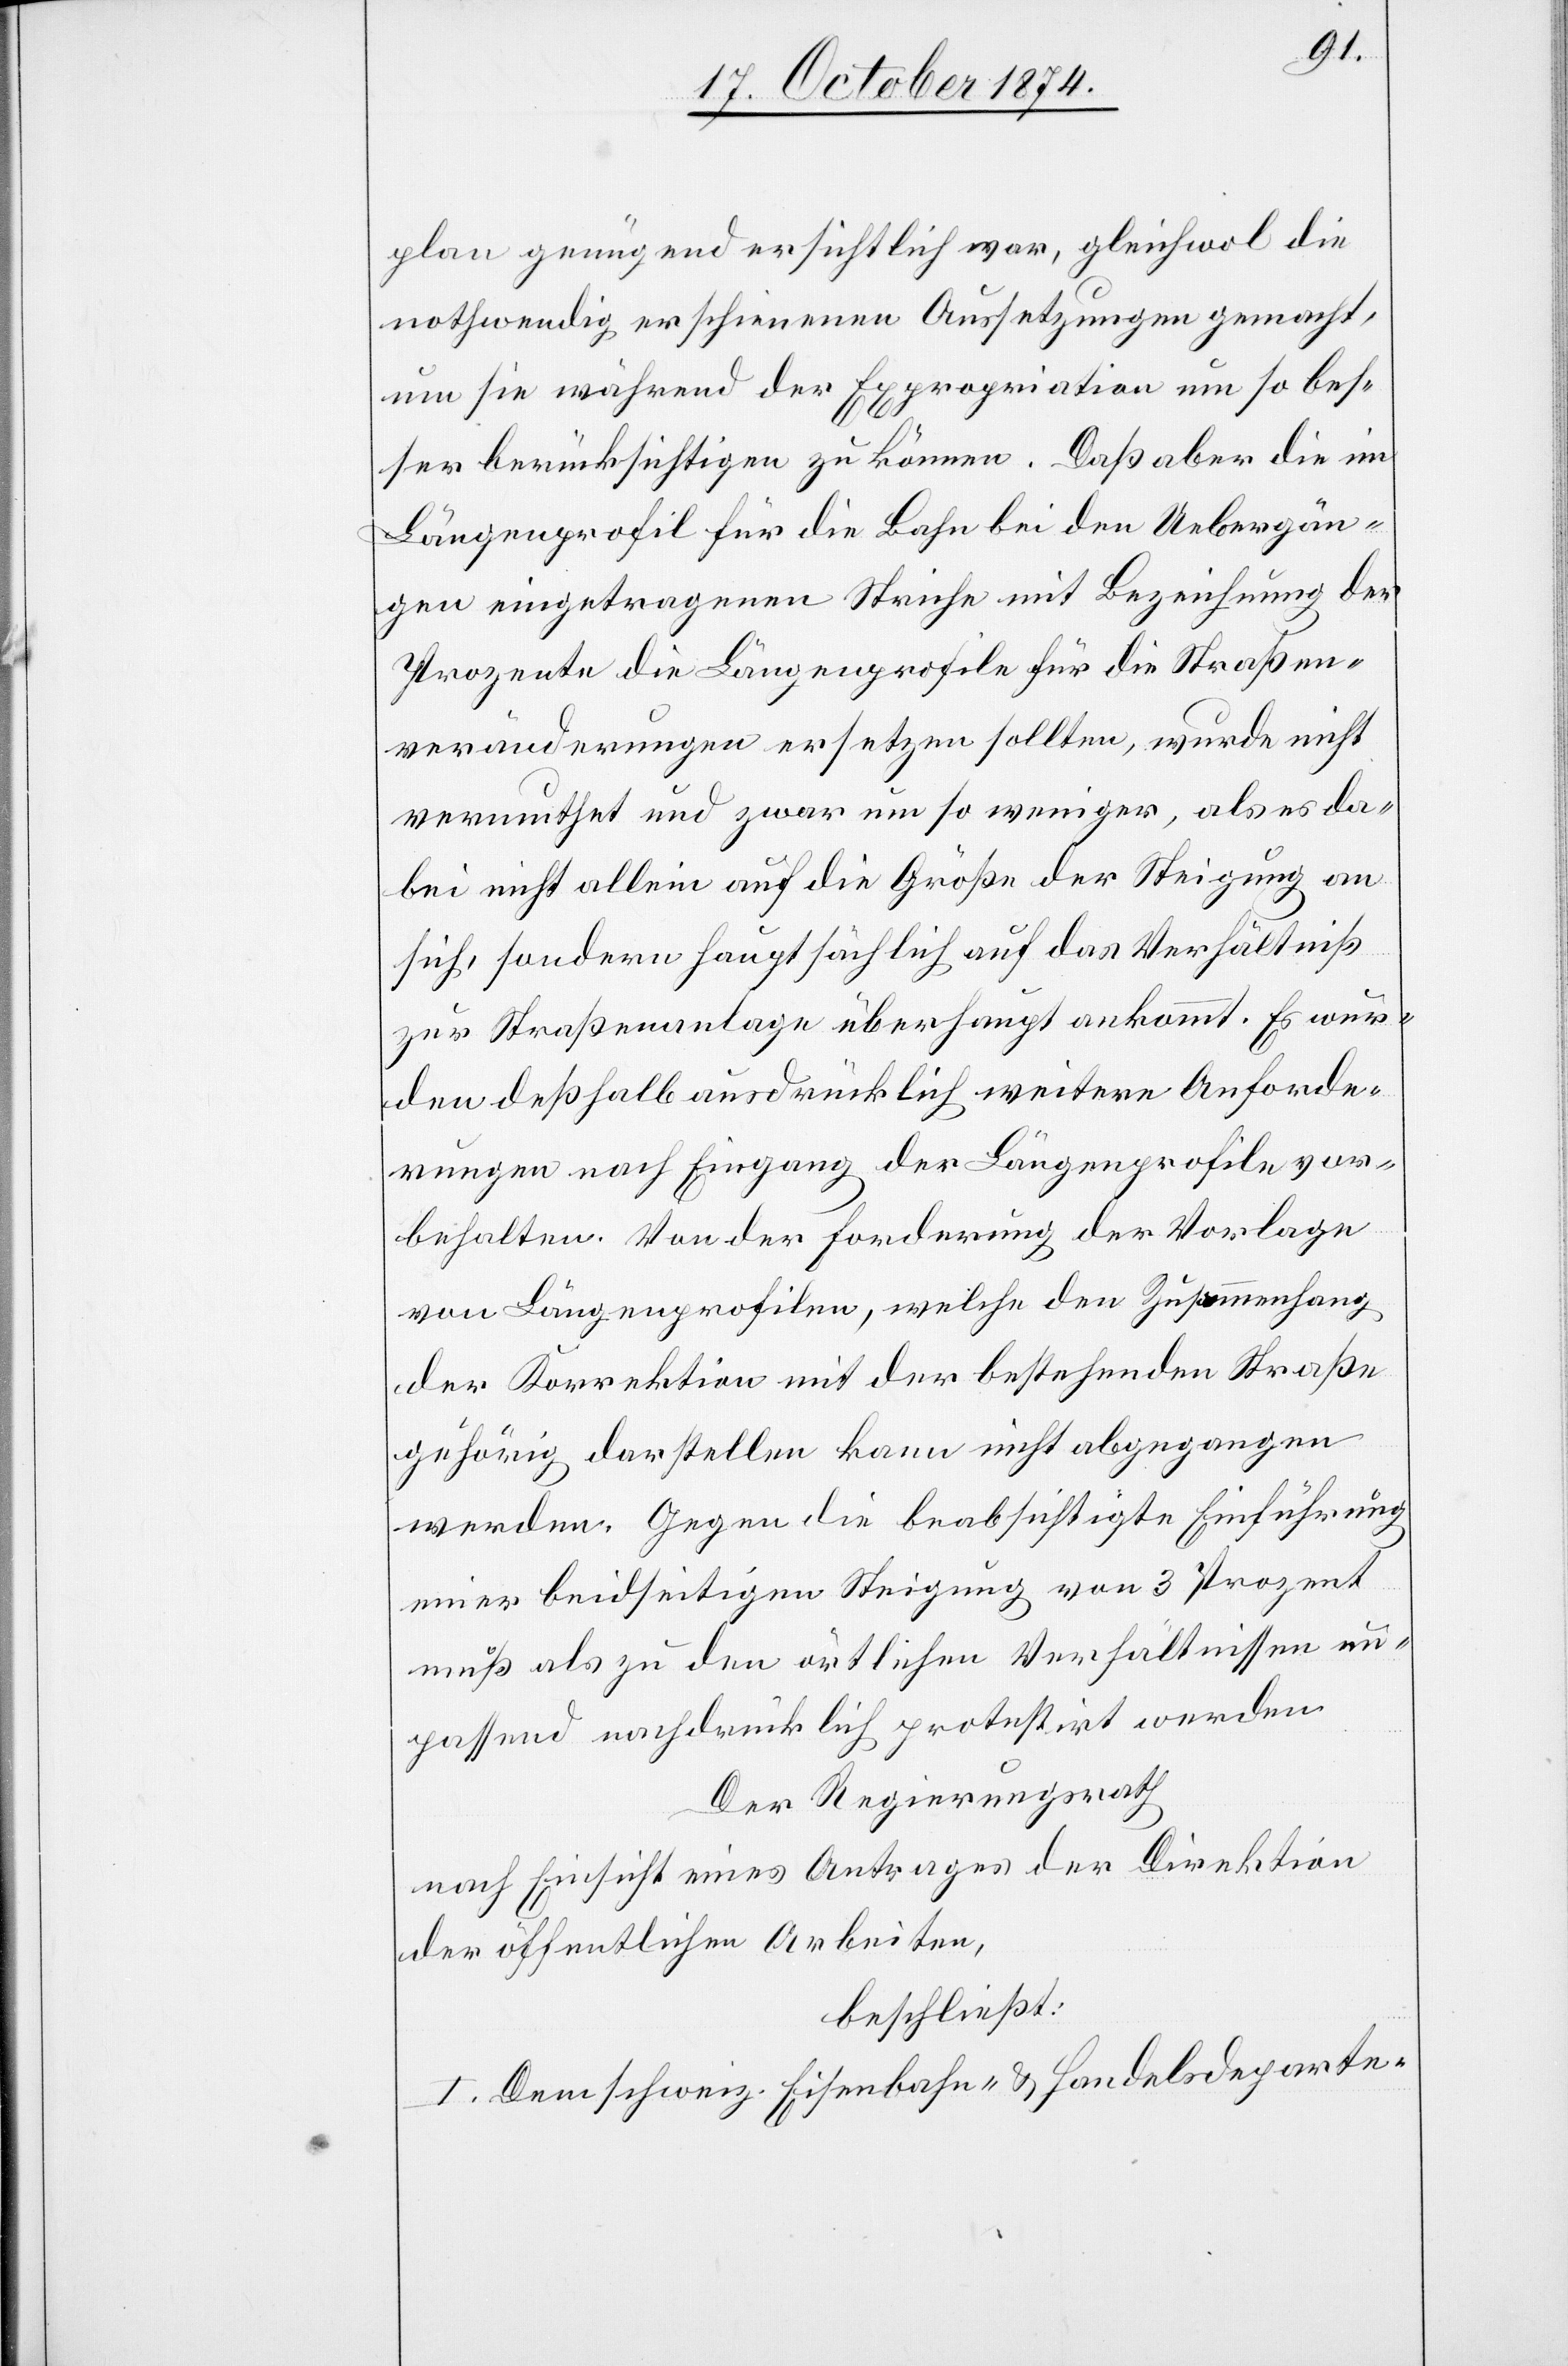
plan genügend ersichtlich war, gleichwol die
nothwendig erschienenen Aussetzungen gemacht,
um sie während der Expropriation um so bes¬
ser berücksichtigen zu können. Daß aber die im
Längenprofil für die Bahn bei den Uebergän¬
gen eingetragenen Striche mit Bezeichnung der
Prozente die Längenprofile für die Straßen¬
veränderungen ersetzen sollten, wurde nicht
vermuthet und zwar um so weniger, als es da¬
bei nicht allein auf die Größe der Steigung an
sich, sondern hauptsächlich auf das Verhältniß
zur Straßenanlage überhaupt ankommt. Es wur¬
den deßhalb ausdrücklich weitere Anforde¬
rungen nach Eingang der Längenprofile vor¬
behalten. Von der Forderung der Vorlage
von Längenprofilen, welche den Zusammenhang
der Korrektion mit der bestehenden Straße
gehörig darstellen kann nicht abgegangen
werden. Gegen die beabsichtigte Einführung
einer beidseitigen Steigung von 3 Prozent
muß als zu den örtlichen Verhältnissen un¬
passend nachdrücklich protestirt werden.
Der Regierungsrath
nach Einsicht eines Antrages der Direktion
der öffentlichen Arbeiten,
beschließt:
I. Dem schweiz. Eisenbahn- & Handelsdeparte-